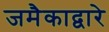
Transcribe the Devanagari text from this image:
जमैकाद्वारे